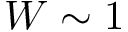
W \sim 1